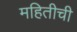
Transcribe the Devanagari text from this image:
महितीची